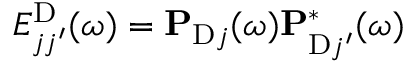
E _ { j j ^ { \prime } } ^ { \mathrm { D } } ( \omega ) = \mathbf { P } _ { \mathrm { D } j } ( \omega ) \mathbf { P } _ { \mathrm { D } j ^ { \prime } } ^ { * } ( \omega )